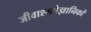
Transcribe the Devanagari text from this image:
जीवाश्मवैज्ञानिकों